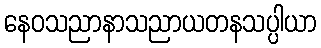
နေဝသညာနာသညာယတနသပ္ပါယာ